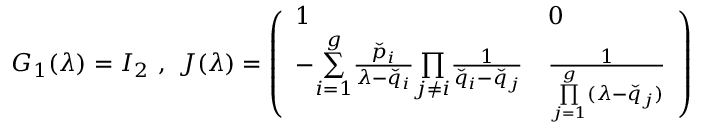
G _ { 1 } ( \lambda ) = I _ { 2 } \, \, , \, \, J ( \lambda ) = \left( \begin{array} { l l } { 1 } & { 0 } \\ { - \underset { i = 1 } { \overset { g } { \sum } } \frac { \check { p } _ { i } } { \lambda - \check { q } _ { i } } \underset { j \neq i } { \prod } \frac { 1 } { \check { q } _ { i } - \check { q } _ { j } } } & { \frac { 1 } { \underset { j = 1 } { \overset { g } { \prod } } ( \lambda - \check { q } _ { j } ) } } \end{array} \right)